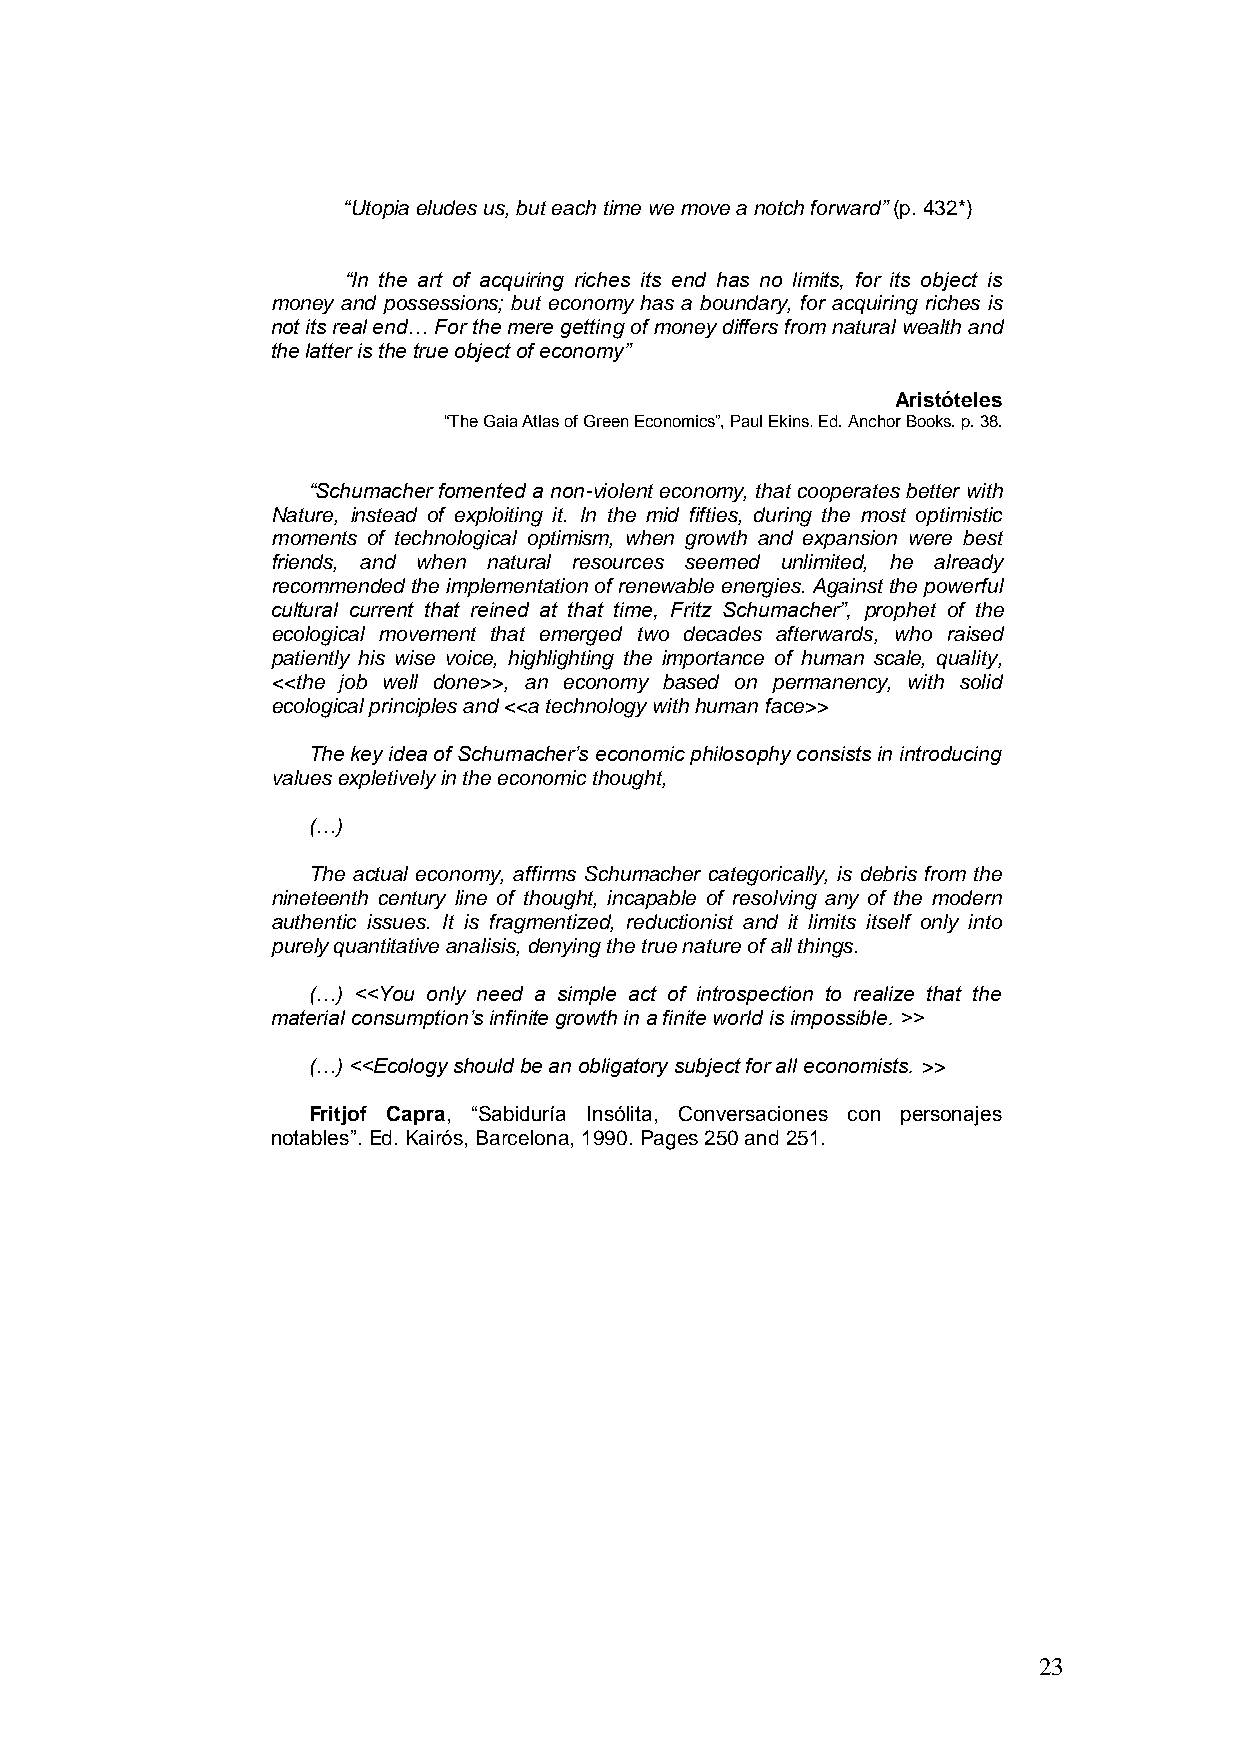
“Utopia eludes us, but each time we move a notch forward” (p. 432*)
 “In the art of acquiring riches its end has no limits, for its object is
 money and possessions; but economy has a boundary, for acquiring riches is
 not its real end… For the mere getting of money differs from natural wealth and
 the latter is the true object of economy”
 Aristóteles
 ―The Gaia Atlas of Green Economics‖, Paul Ekins. Ed. Anchor Books. p. 38.
 “Schumacher fomented a non-violent economy, that cooperates better with
 Nature, instead of exploiting it. In the mid fifties, during the most optimistic
 moments of technological optimism, when growth and expansion were best
 friends, and when natural resources seemed unlimited, he already
 recommended the implementation of renewable energies. Against the powerful
 cultural current that reined at that time, Fritz Schumacher”, prophet of the
 ecological movement that emerged two decades afterwards, who raised
 patiently his wise voice, highlighting the importance of human scale, quality,
 <<the job well done>>, an economy based on permanency, with solid
 ecological principles and <<a technology with human face>>
 The key idea of Schumacher‟s economic philosophy consists in introducing
 values expletively in the economic thought,
 (…)
 The actual economy, affirms Schumacher categorically, is debris from the
 nineteenth century line of thought, incapable of resolving any of the modern
 authentic issues. It is fragmentized, reductionist and it limits itself only into
 purely quantitative analisis, denying the true nature of all things.
 (…) <<You only need a simple act of introspection to realize that the
 material consumption‟s infinite growth in a finite world is impossible. >>
 (…) <<Ecology should be an obligatory subject for all economists. >>
 Fritjof Capra, ―Sabiduría Insólita, Conversaciones con personajes
 notables‖. Ed. Kairós, Barcelona, 1990. Pages 250 and 251.
 23